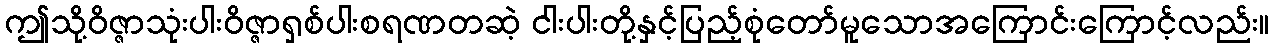
ဤသို့ဝိဇ္ဇာသုံးပါးဝိဇ္ဇာရှစ်ပါးစရဏတဆဲ့ ငါးပါးတို့နှင့်ပြည့်စုံတော်မူသောအကြောင်းကြောင့်လည်း။